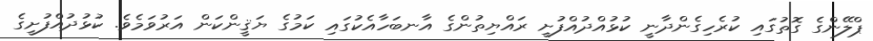
ޕްލޭންގެ ގޮތުގައި ކުރެހިގެންދާނީ ކުޅުއްދުއްފުށީ ރައްޔިތުންގެ އާނބަހާއެކުގައި ކަމުގެ ޔަޤީންކަން އަރުވަމެވެ. ކުޅުދުއްފުށީގެ